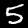
Digit: 5